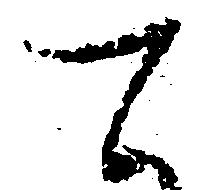
て